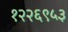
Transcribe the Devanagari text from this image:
१२२६९५३